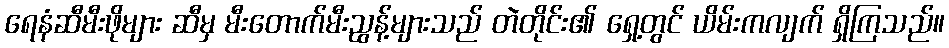
ရေနံဆီမီးဖိုများ ဆီမှ မီးတောက်မီးညွန့်များသည် တဲတိုင်း၏ ရှေ့တွင် ယိမ်းကလျက် ရှိကြသည်။